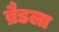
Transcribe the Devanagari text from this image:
ब्रैडला